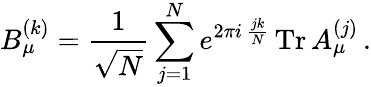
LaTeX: B_{\mu}^{(k)}={\frac{1}{\sqrt{N}}}\sum_{j=1}^{N}e^{2\pi i\, {\frac{jk}{N}}}\, \mathrm{Tr}\, A_{\mu}^{(j)}\, .